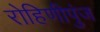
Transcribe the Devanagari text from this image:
रोहिणीपुंज